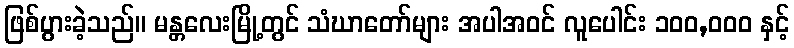
ဖြစ်ပွားခဲ့သည်။ မန္တလေးမြို့တွင် သံဃာတော်များ အပါအဝင် လူပေါင်း ၁၀၀,၀၀၀ နှင့်